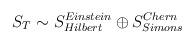
LaTeX: \begin{align*}S_T \sim S^{Einstein}_{Hilbert} \oplus S^{Chern}_{Simons}\end{align*}